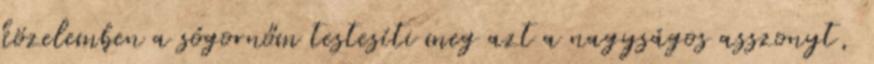
közelemben a sógornőm testesíti meg azt a nagyságos asszonyt,